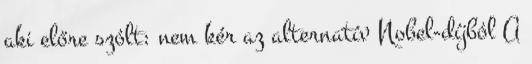
aki előre szólt: nem kér az alternatív Nobel-díjból A